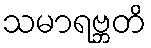
သမာရဗ္ဘတိ